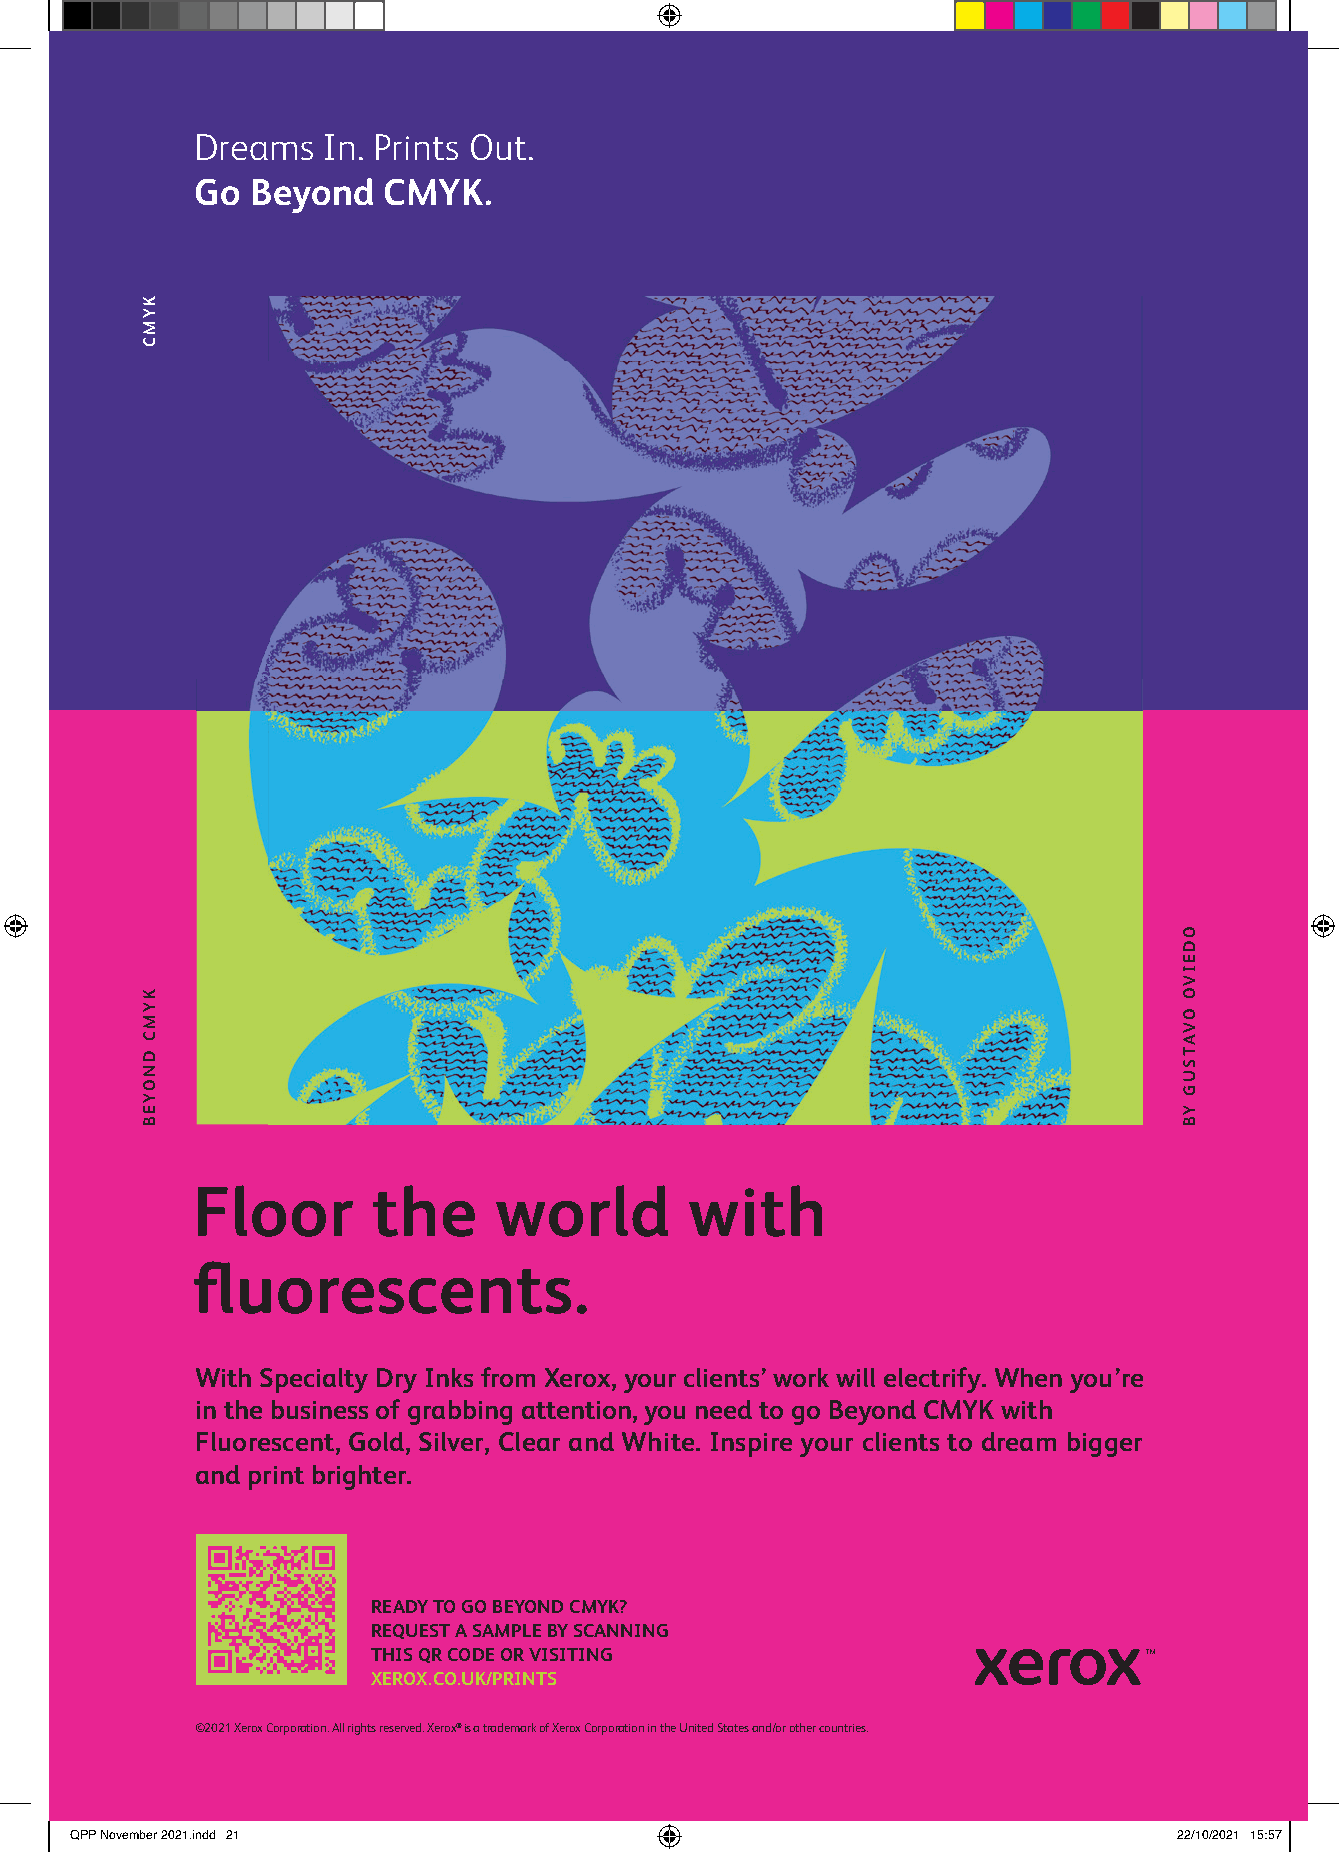
Dreams  In. Prints Out.
 Go  Beyond  CMYK.
 Floor       the     world        with
 fluorescents.
 With Specialty Dry Inks from Xerox, your clients’ work will electrify. When you’re
 in the business of grabbing attention, you need to go Beyond CMYK with
 Fluorescent, Gold, Silver, Clear and White. Inspire your clients to dream bigger
 and print brighter.
 READY TO GO BEYOND CMYK?
 REQUEST A SAMPLE BY SCANNING
 THIS QR CODE OR VISITING
 XEROX.CO.UK/PRINTS
 ©2021 Xerox Corporation. All rights reserved. Xerox® is a trademark of Xerox Corporation in the United States and/or other countries.
 QQPPPP NNoovveemmbbeerr 22002211..iinndddd 2211                          2222//1100//22002211 1155::5577
 KYMC
 KYMC
 DNOYEB
 ODEIVO
 OVATSUG
 YB